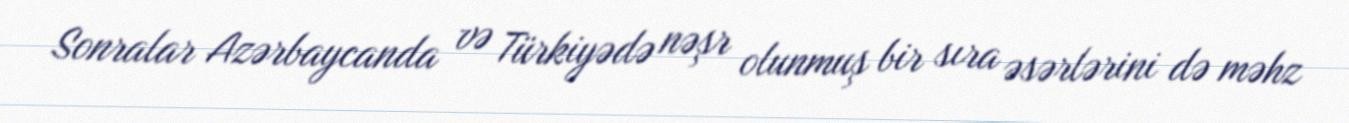
Sonralar Azərbaycanda və Türkiyədə nəşr olunmuş bir sıra əsərlərini də məhz